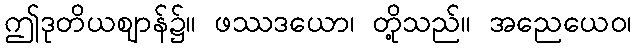
ဤဒုတိယဈာန်၌။ ဖဿဒယော၊ တို့သည်။ အညေယေဝ၊